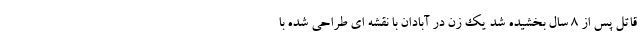
قاتل پس از 8 سال بخشیده شد یک زن در آبادان با نقشه ای طراحی شده با